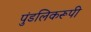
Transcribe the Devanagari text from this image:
पुंडलिकरूपी